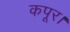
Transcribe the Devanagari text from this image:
कपूर।